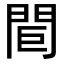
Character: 𨳽